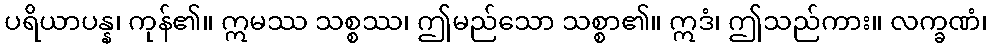
ပရိယာပန္န၊ ကုန်၏။ ဣမဿ သစ္စဿ၊ ဤမည်သော သစ္စာ၏။ ဣဒံ၊ ဤသည်ကား။ လက္ခဏံ၊